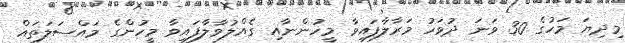
މިދިޔަ މަހުގެ 30 ވަނަ ދުވަހު މަރާލާފައިވާ މީހުންނާއި ގެއްލުވާލާފައިވާ މީހުންގެ މައްސަލަތައް